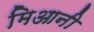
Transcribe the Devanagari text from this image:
मिआनी